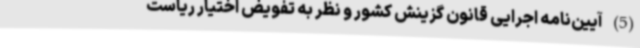
(5) آیین‌نامه اجرایی قانون گزینش کشور و نظر به تفویض اختیار ریاست